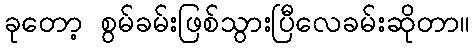
ခုတော့ စွမ်ခမ်းဖြစ်သွားပြီလေခမ်းဆိုတာ။